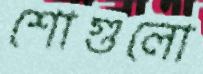
শোগুলো